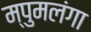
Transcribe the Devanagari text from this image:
म्पुमलंगा